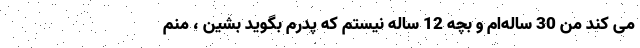
می‌ کند من 30‌ ساله‌ام و بچه 12 ساله نیستم که پدرم بگوید بشین ، منم